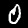
Label: 0